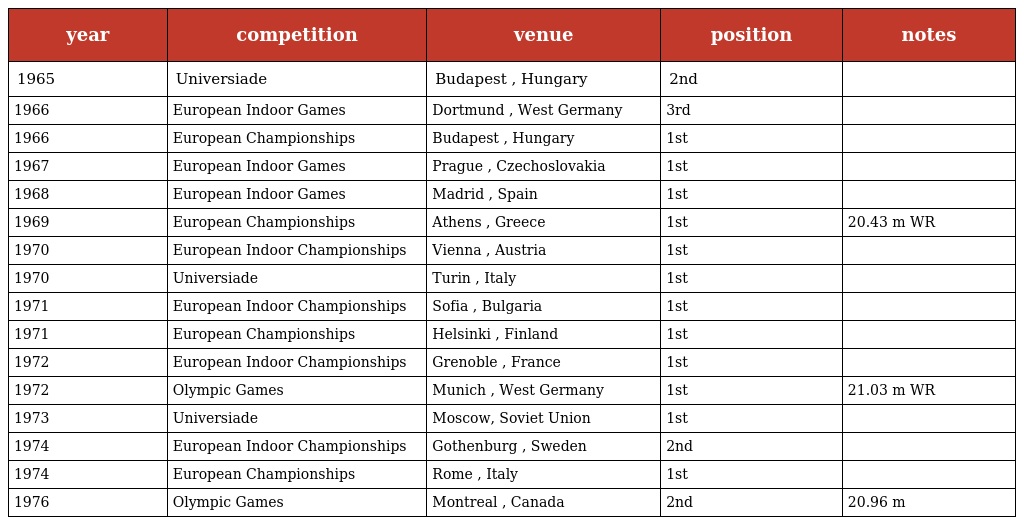
| year | competition | venue | position | notes |
 | --- | --- | --- | --- | --- |
 | 1965 | Universiade | Budapest , Hungary | 2nd |  |
 | 1966 | European Indoor Games | Dortmund , West Germany | 3rd |  |
 | 1966 | European Championships | Budapest , Hungary | 1st |  |
 | 1967 | European Indoor Games | Prague , Czechoslovakia | 1st |  |
 | 1968 | European Indoor Games | Madrid , Spain | 1st |  |
 | 1969 | European Championships | Athens , Greece | 1st | 20.43 m WR |
 | 1970 | European Indoor Championships | Vienna , Austria | 1st |  |
 | 1970 | Universiade | Turin , Italy | 1st |  |
 | 1971 | European Indoor Championships | Sofia , Bulgaria | 1st |  |
 | 1971 | European Championships | Helsinki , Finland | 1st |  |
 | 1972 | European Indoor Championships | Grenoble , France | 1st |  |
 | 1972 | Olympic Games | Munich , West Germany | 1st | 21.03 m WR |
 | 1973 | Universiade | Moscow, Soviet Union | 1st |  |
 | 1974 | European Indoor Championships | Gothenburg , Sweden | 2nd |  |
 | 1974 | European Championships | Rome , Italy | 1st |  |
 | 1976 | Olympic Games | Montreal , Canada | 2nd | 20.96 m |